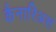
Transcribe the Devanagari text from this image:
कैनारिअस